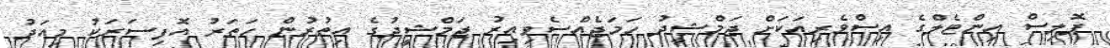
ޕޮލިސް އިންޓެލްގެ އިސްވެރިއަކަށް ޖަމްޝީދު ހަމަޖެއްސެވިއިރު ޖަމްޝީދުގެ އިތުރުން ހަތަރު އޮފިސަރަކު މިއަދު